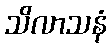
သိလာသနံ